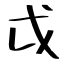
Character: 戉